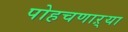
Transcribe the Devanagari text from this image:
पोहचणाऱ्या